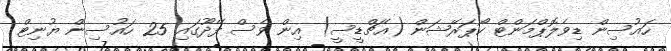
ހައުސިން ޑިވެލޮޕްމަންޓް ކޯޕަރޭޝަން (އެޗްޑީސީ) އިން ވެސް ފޭދޫގައި 25 ހައުސިން ޔުނިޓް